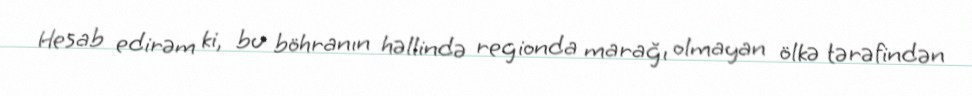
Hesab edirəm ki, bu böhranın həllində regionda marağı olmayan ölkə tərəfindən